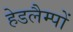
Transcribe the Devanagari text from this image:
हेडलैम्पों